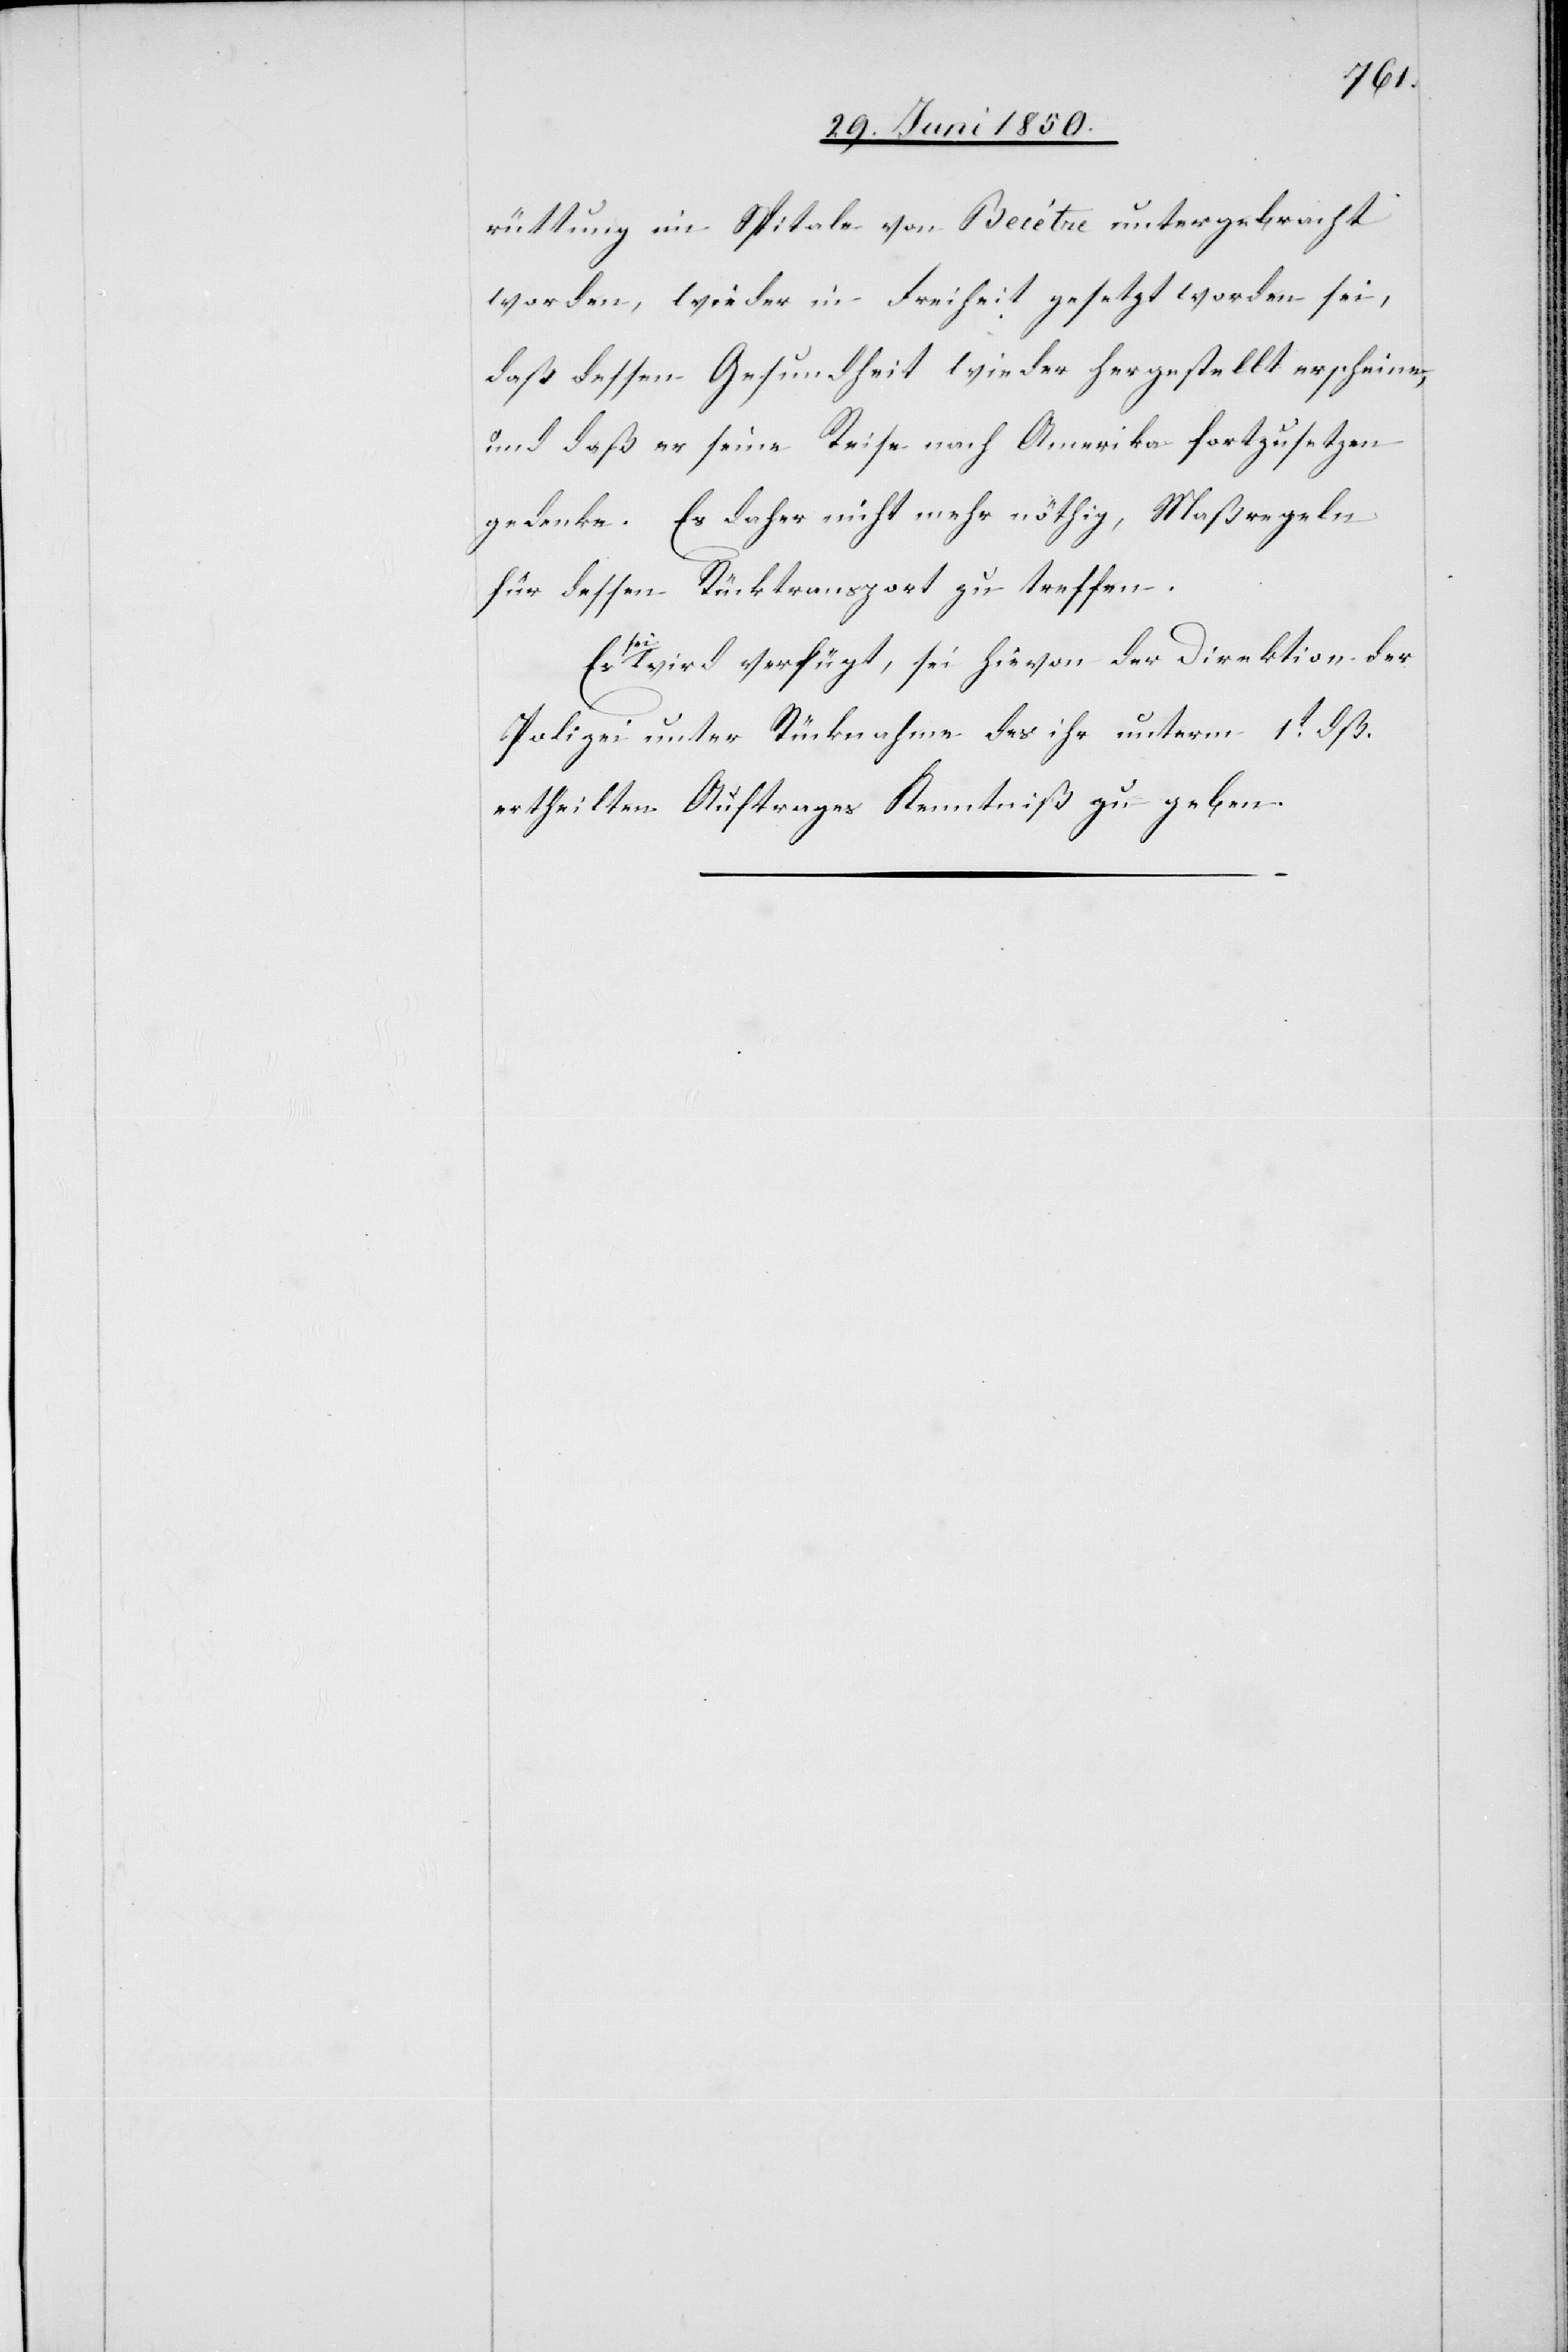
rüttung im Spitale von Becétne untergebracht
worden, wieder in Freiheit gesetzt worden sei,
daß dessen Gesundheit wieder hergestellt erscheine,
und daß er seine Reise nach Amerika fortzusetzen
gedenke. Es [sei] daher nicht mehr nöthig, Maßregeln
für dessen Rücktransport zu treffen.
[sic!] verfügt, sei hievon der Direktion der
Polizei unter Rücknahme des ihr unterm 1t dß.
ertheilten Auftrages Kenntniß zu geben.